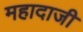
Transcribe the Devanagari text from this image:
महादाजी